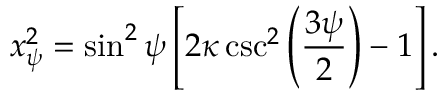
x _ { \psi } ^ { 2 } = \sin ^ { 2 } \psi \left[ 2 \kappa \csc ^ { 2 } \left( \frac { 3 \psi } { 2 } \right) - 1 \right] .